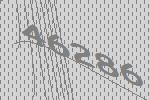
46286